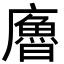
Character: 𢋡